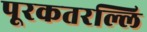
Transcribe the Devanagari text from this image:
पूरकतरल्लि